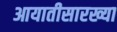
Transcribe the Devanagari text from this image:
आयातीसारख्या